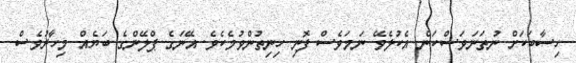
ހިސާބަކަށް ނުތަނަވަސްކަން އެކުލެވޭ ނަމަވެސް ފޮނި ހިނިތުންވުމެކެވެ. އޭނަގެ ޕްލޭންގެ ބަޔެއް މިހާރުވެސް